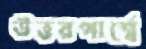
উত্তরপার্শ্বে